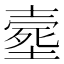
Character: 𡔸